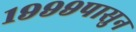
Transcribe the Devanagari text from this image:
१९९९पासुन